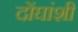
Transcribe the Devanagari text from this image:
दोंघांशी